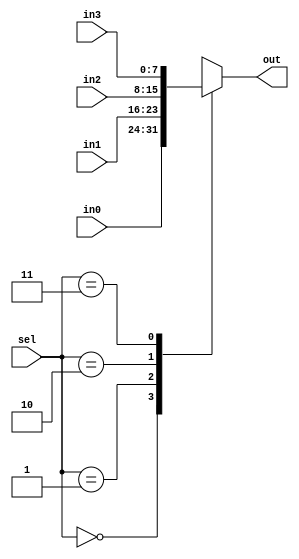
/*********************************************************
 *
 *  Module: mux4by1.v
 *  Project: Hunter_RV32
 *  Description: 4 by 1 Multiplexer
 *
 *********************************************************/
`timescale 1ns/1ns

module mux4by1 (in0, in1, in2, in3, sel, out);

    input   [7:0] in0;
    input   [7:0] in1;
    input   [7:0] in2;
    input   [7:0] in3;
    input   [1:0] sel;
    output  reg [7:0] out;
    
    always @ (*) begin
        
        case (sel)
            2'b00:  out = in0;
            2'b01:  out = in1;
            2'b10:  out = in2;
            2'b11:  out = in3;
        endcase
        
    end
    

endmodule